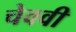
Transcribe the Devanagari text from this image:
चेववी